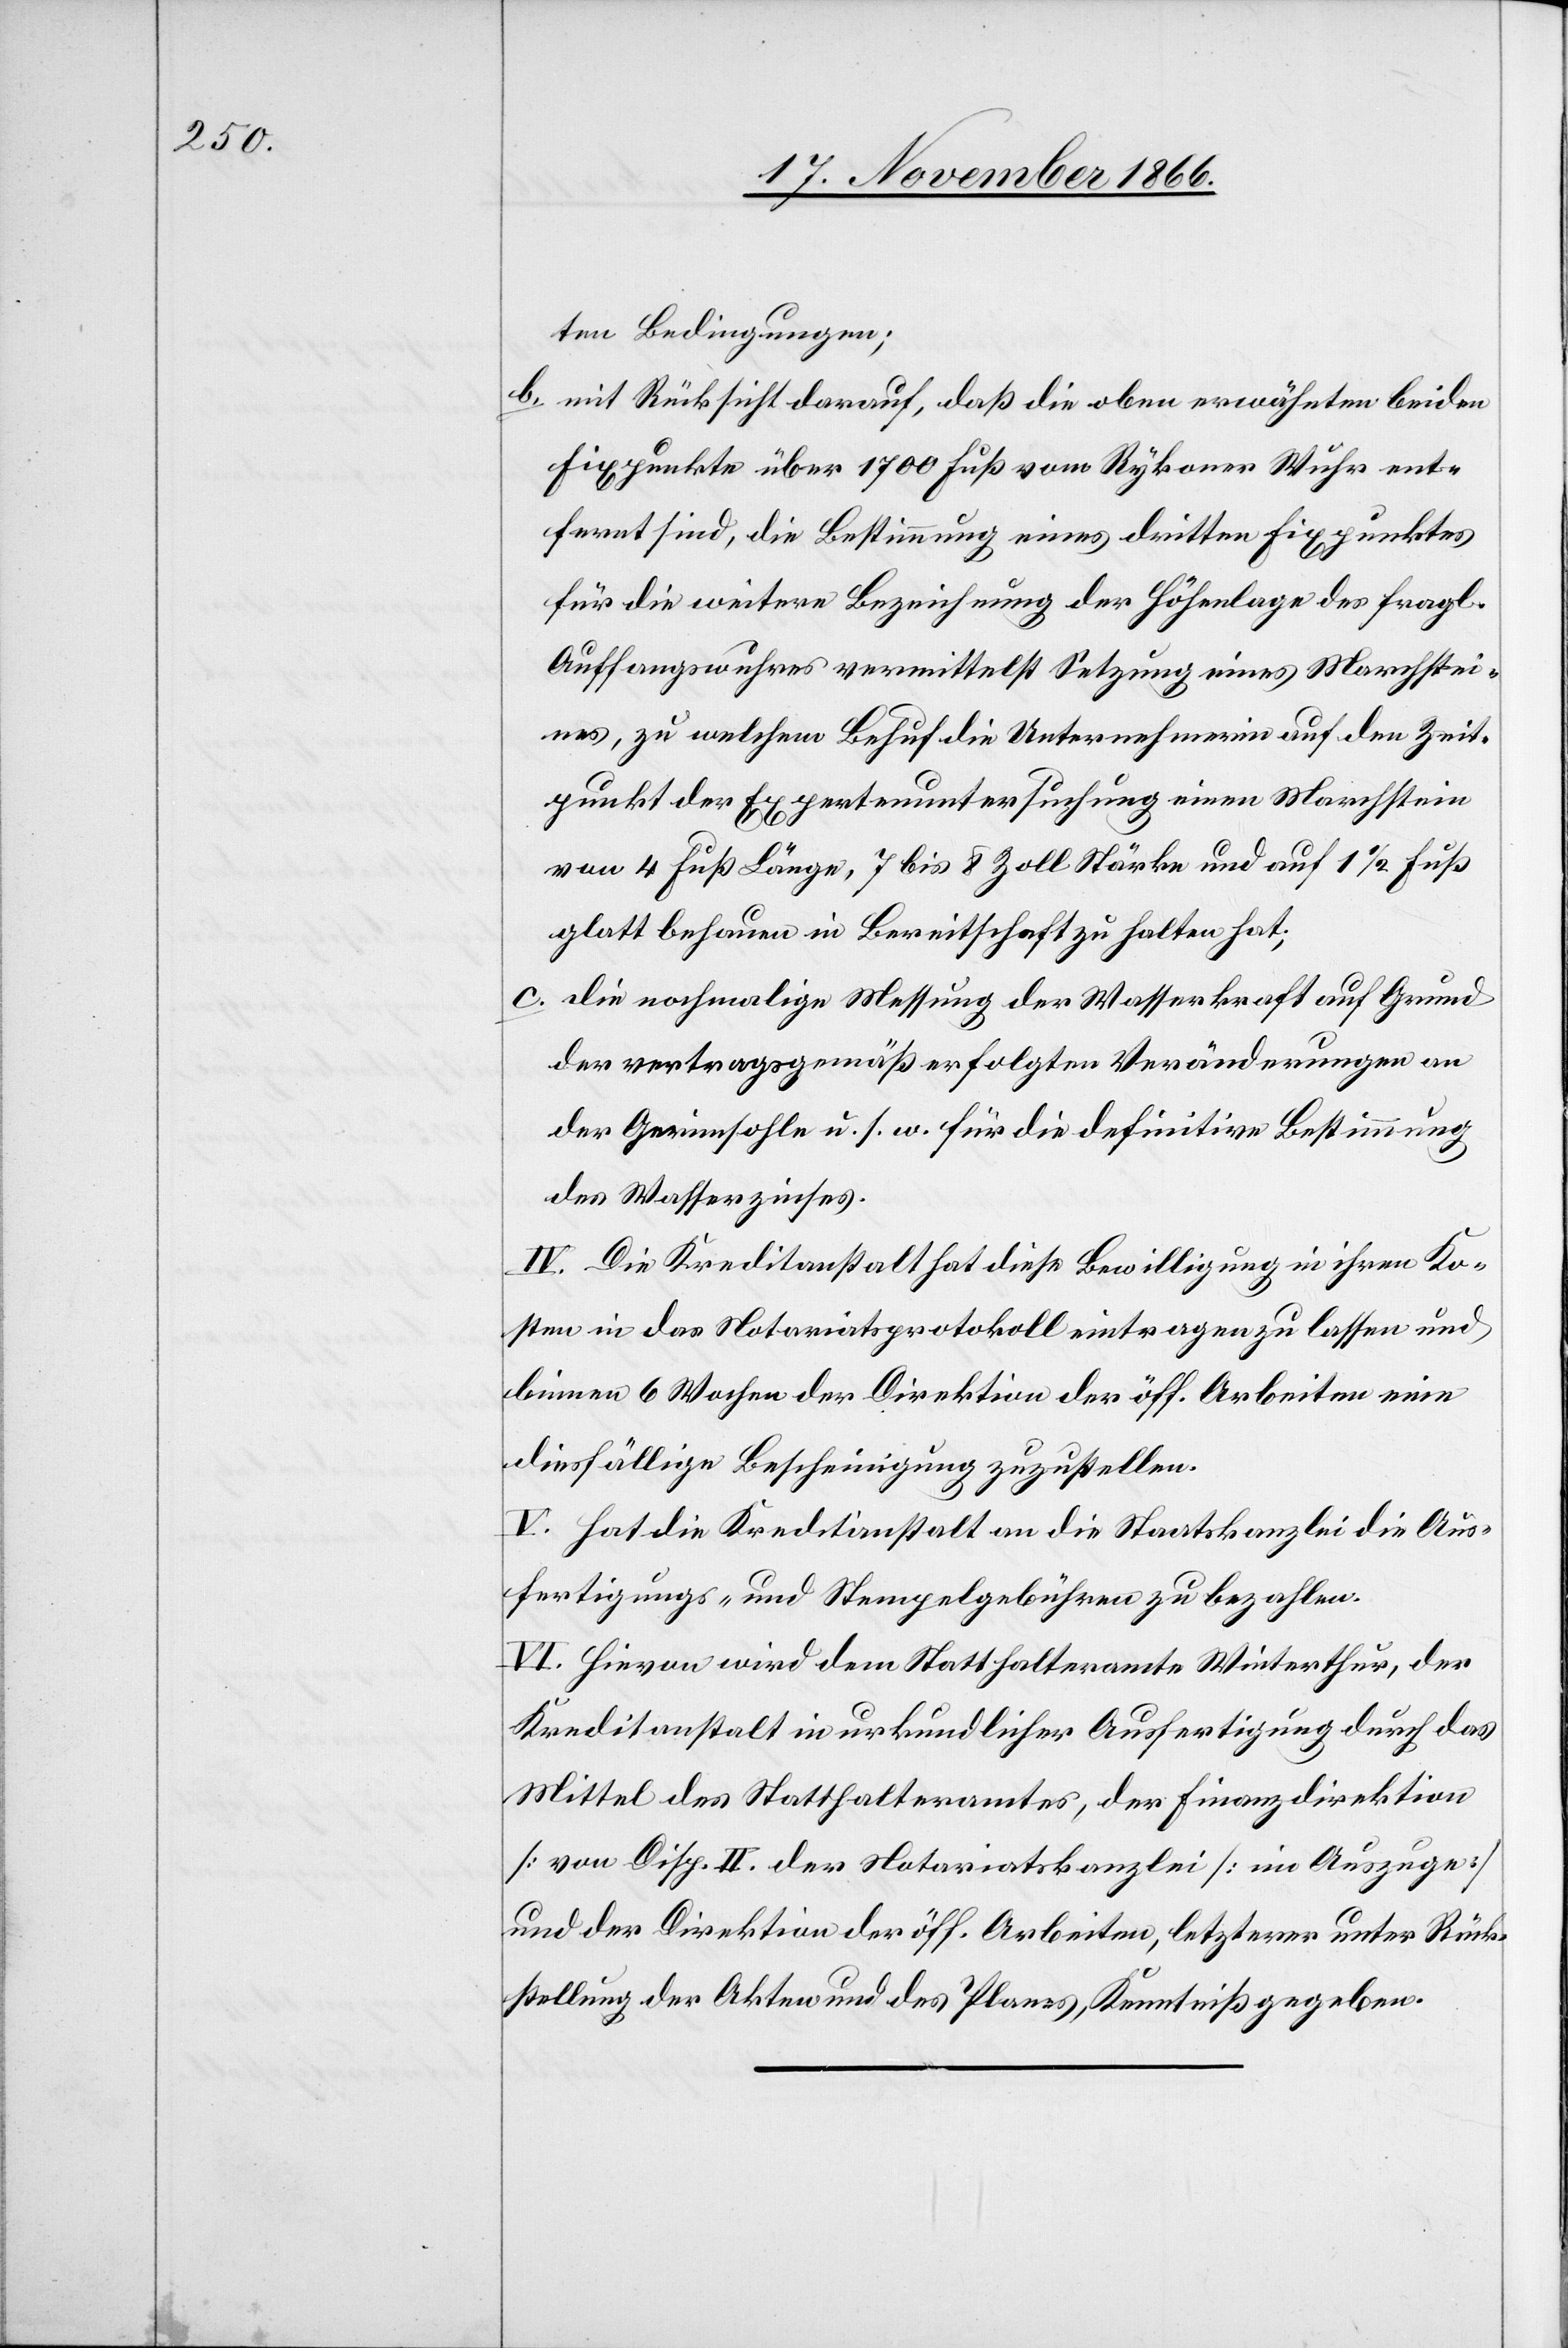
ten Bedingungen;
b. mit Rücksicht darauf, daß die oben erwähnten beiden
Fixpunkte über 1700 Fuß vom Rykoner Wuhr ent¬
fernt sind, die Bestimmung eines dritten Fixpunktes
für die weitere Bezeichnung der Höhenlage des fragl.
Auffangswuhres vermittelst Setzung eines Marchstei¬
nes, zu welchem Behuf die Unternehmerin auf den Zeit¬
punkt der Expertenuntersuchung einen Marchstein
von 4 Fuß Länge, 7 bis 8 Zoll Stärke und auf 1 ½ Fuß
glatt behauen in Bereitschaft zu halten hat;
c. die nochmalige Messung der Wasserkraft auf Grund
der vertragsgemäß erfolgten Veränderungen an
der Gerinnsohle u. s. w. für die definitive Bestimmung
des Wasserzinses.
IV. Die Kreditanstalt hat diese Bewilligung in ihren Ko¬
sten in das Notariatsprotokoll eintragen zu lassen und
binnen 6 Wochen der Direktion der öff. Arbeiten eine
diesfällige Bescheinigung zuzustellen.
V. Hat die Kreditanstalt an die Staatskanzlei die Aus¬
fertigungs- und Stempelgebühren zu bezahlen.
VI. Hievon wird dem Statthalteramte Winterthur, der
Kreditanstalt in urkundlicher Ausfertigung durch das
Mittel des Statthalteramtes, der Finanzdirektion,
von Disp. II. der Notariatskanzlei [im Auszuge]
und der Direktion der öff. Arbeiten, letzterer unter Rück¬
stellung der Akten und des Planes, Kenntniß gegeben.